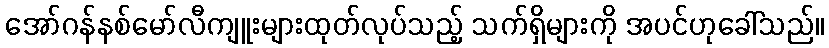
အော်ဂန်နစ်မော်လီကျူးများထုတ်လုပ်သည့် သက်ရှိများကို အပင်ဟုခေါ်သည်။